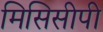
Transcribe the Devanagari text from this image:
मिसिसीपी